Annual administration report of the Bombay Presidency - 1887-1892
Year: 1887
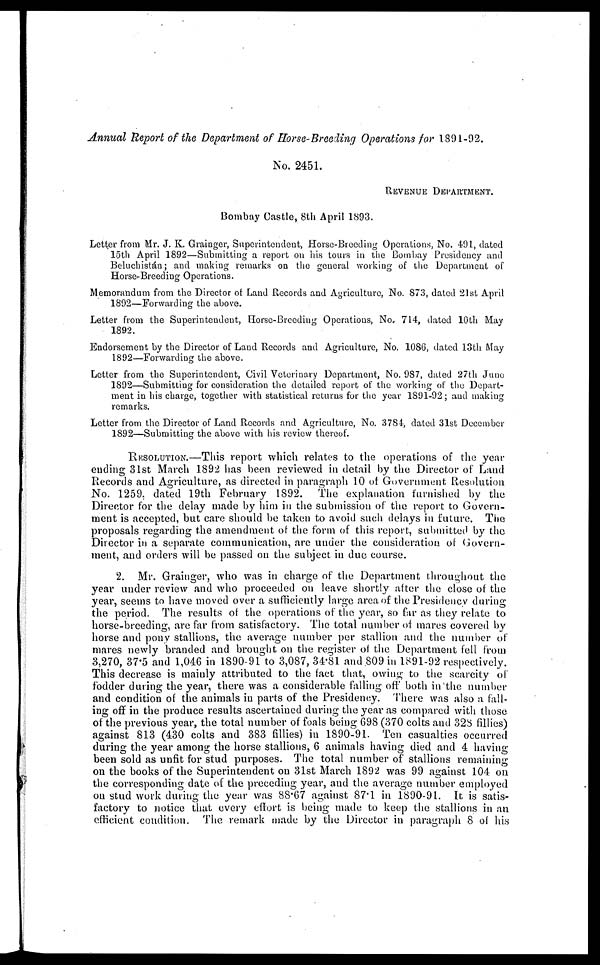
Annual Report of the Department of Horse-Breeding Operations for 1891-92.
No. 2451.
REVENUE DEPARTMENT.
Bombay Castle, 8th April 1893.
Letter from Mr. J. K. Grainger, Superintendent, Horse-Breeding Operations, No. 491, dated
15th April 1892—Submitting a report on his tours in the Bombay Presidency and
Beluchistán; and making remarks on the general working of the Department of
Horse-Breeding Operations.
Memorandum from the Director of Land Records and Agriculture, No. 873, dated 21st April
1892—Forwarding the above.
Letter from the Superintendent, Horse-Breeding Operations, No. 714, dated 10th May
1892.
Endorsement by the Director of Land Records and Agriculture, No. 1086, dated 13th May
1892—Forwarding the above.
Letter from the Superintendent, Civil Veterinary Department, No. 987, dated 27th June
1892—Submitting for consideration the detailed report of the working of the Depart-
ment in his charge, together with statistical returns for the year 1891-92; and making
remarks.
Letter from the Director of Land Records and Agriculture, No. 3784, dated 31st December
1892—Submitting the above with his review thereof.
RESOLUTION.—This report which relates to the operations of the year
ending 31st March 1892 has been reviewed in detail by the Director of Land
Records and Agriculture, as directed in paragraph 10 of Government Resolution
No. 1259. dated 19th February 1892. The explanation furnished by the
Director for the delay made by him in the submission of the report to Govern-
ment is accepted, but care should be taken to avoid such delays in future. The
proposals regarding the amendment of the form of this report, submitted by the
Director in a separate communication, are under the consideration of Govern-
ment, and orders will be passed on the subject in due course.
2. Mr. Grainger, who was in charge of the Department throughout the
year under review and who proceeded on leave shortly after the close of the
year, seems to have moved over a sufficiently large area of the Presidency during
the period. The results of the operations of the year, so far as they relate to
horse-breeding, are far from satisfactory. The total number of mares covered by
horse and pony stallions, the average number per stallion and the number of
mares newly branded and brought on the register of the Department fell from
3,270, 37.5 and 1,046 in 1890-91 to 3,087, 34.81 and 809 in 1891-92 respectively.
This decrease is mainly attributed to the fact that, owing to the scarcity of
fodder during the year, there was a considerable falling off both in the number
and condition of the animals in parts of the Presidency. There was also a fall-
ing off in the produce results ascertained during the year as compared with those
of the previous year, the total number of foals being 698 (370 colts and 328 fillies)
against 813 (430 colts and 383 fillies) in 1890-91. Ten casualties occurred
during the year among the horse stallions, 6 animals having died and 4 having
been sold as unfit for stud purposes. The total number of stallions remaining
on the books of the Superintendent on 31st March 1892 was 99 against 104 on
the corresponding date of the preceding year, and the average number employed
on stud work during the year was 88.67 against 87.1 in 1890-91. It is satis-
factory to notice that every effort is being made to keep the stallions in an
efficient condition. The remark made by the Director in paragraph 8 of his